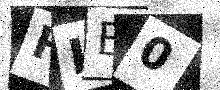
Text: HLB0